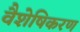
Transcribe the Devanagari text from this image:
वैशेषिकरण